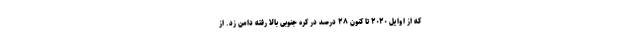
که از اوایل ۲۰۲۰ تا کنون ۲۸ درصد در کره جنوبی بالا رفته دامن زد. از